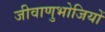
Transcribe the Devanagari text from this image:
जीवाणुभोजियों